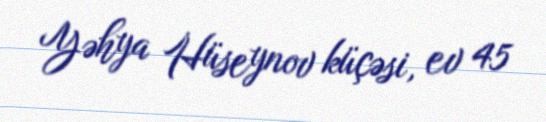
Yəhya Hüseynov küçəsi, ev 45